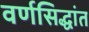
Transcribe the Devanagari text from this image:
वर्णसिद्धांत